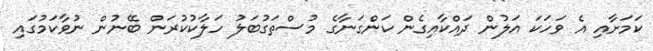
ކަމަށާއި އެ ވަހަކަ އަލުން ދައްކާއިގެން ކަންގަނާގެ މުސްތަގުބަލު ހަލާކުކުރަން ބޭނުން ނުވާކަމުގައި